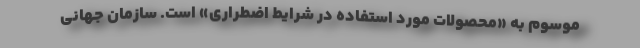
موسوم به «محصولات مورد استفاده در شرایط اضطراری» است. سازمان جهانی